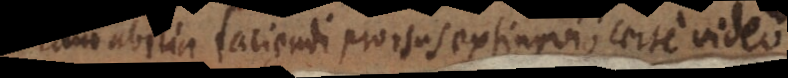
laudabilia faciendi prorsus extingui; certe video